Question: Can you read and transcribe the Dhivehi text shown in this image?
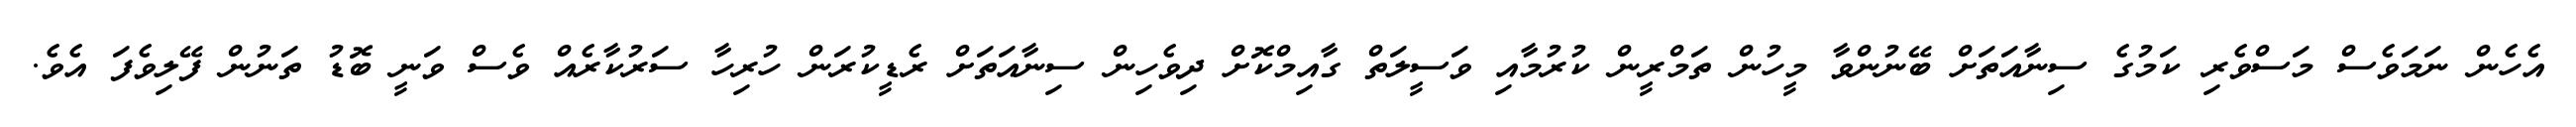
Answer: އެހެން ނަމަވެސް މަސްވެރި ކަމުގެ ސިނާއަތަށް ބޭނުންވާ މީހުން ތަމްރީން ކުރުމާއި ވަސީލަތް ގާއިމްކޮށް ދިވެހިން ސިނާއަތަށް ރެޑީކުރަން ހުރިހާ ސަރުކާރެއް ވެސް ވަނީ ބޮޑު ތަނުން ފޭލިވެފަ އެވެ.